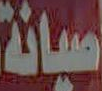
صيانة